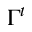
\Gamma ^ { t }